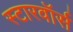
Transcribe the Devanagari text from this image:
स्टारवॉर्स